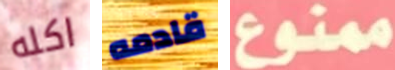
اكله قادمه ممنوع